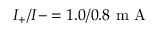
I _ { + } / I - = 1 . 0 / 0 . 8 \mathrm { ~ m ~ A ~ }